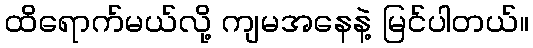
ထိရောက်မယ်လို့ ကျမအနေနဲ့ မြင်ပါတယ်။